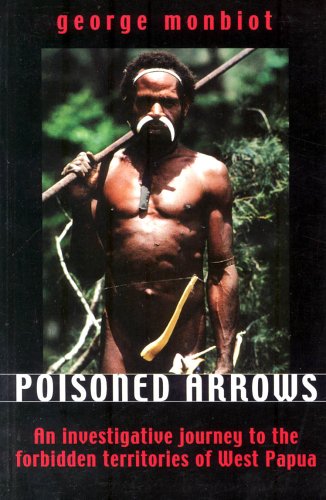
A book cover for Poisoned Arrows: An Investigative Journey to the Forbidden Territories of West Papua; George Monbiot; Travel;